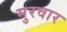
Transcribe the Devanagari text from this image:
मुरवार